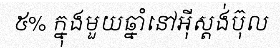
៥% ក្នុងមួយឆ្នាំនៅអ៊ីស្តង់ប៊ុល